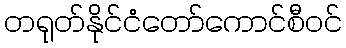
တရုတ်နိုင်ငံတော်ကောင်စီဝင်